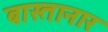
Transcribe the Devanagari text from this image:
बास्तानार